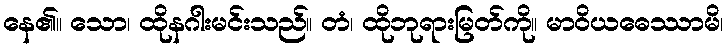
နေ၏။ သော၊ ထိုနဂါးမင်းသည်။ တံ၊ ထိုဘုရားမြတ်ကို။ မာဝိယဓေဿာမိ၊